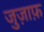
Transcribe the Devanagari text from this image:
जुज़ाफ़